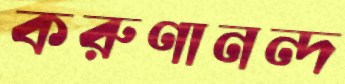
করুণানন্দ